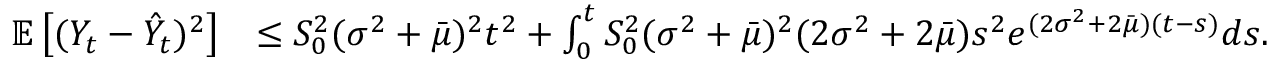
\begin{array} { r l } { \mathbb { E } \left[ ( Y _ { t } - \hat { Y } _ { t } ) ^ { 2 } \right] } & { \leq S _ { 0 } ^ { 2 } ( \sigma ^ { 2 } + \bar { \mu } ) ^ { 2 } t ^ { 2 } + \int _ { 0 } ^ { t } S _ { 0 } ^ { 2 } ( \sigma ^ { 2 } + \bar { \mu } ) ^ { 2 } ( 2 \sigma ^ { 2 } + 2 \bar { \mu } ) s ^ { 2 } e ^ { ( 2 \sigma ^ { 2 } + 2 \bar { \mu } ) ( t - s ) } d s . } \end{array}